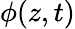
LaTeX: \phi(z,t)